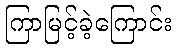
ကြာမြင့်ခဲ့ကြောင်း